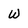
Character: w